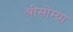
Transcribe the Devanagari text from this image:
श्रीसोम्या